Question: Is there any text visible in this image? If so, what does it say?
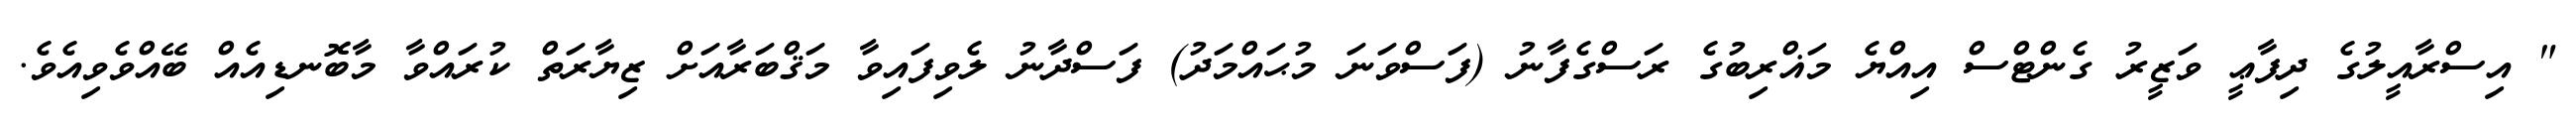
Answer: " އިސްރާއީލުގެ ދިފާޢީ ވަޒީރު ގެންޓްސް އިއްޔެ މަޣްރިބުގެ ރަސްގެފާނު (ފަސްވަނަ މުޙައްމަދު) ފަސްދާނު ލެވިފައިވާ މަޤްބަރާއަށް ޒިޔާރަތް ކުރައްވާ މާބޮނޑިއެއް ބޭއްވެވިއެވެ.